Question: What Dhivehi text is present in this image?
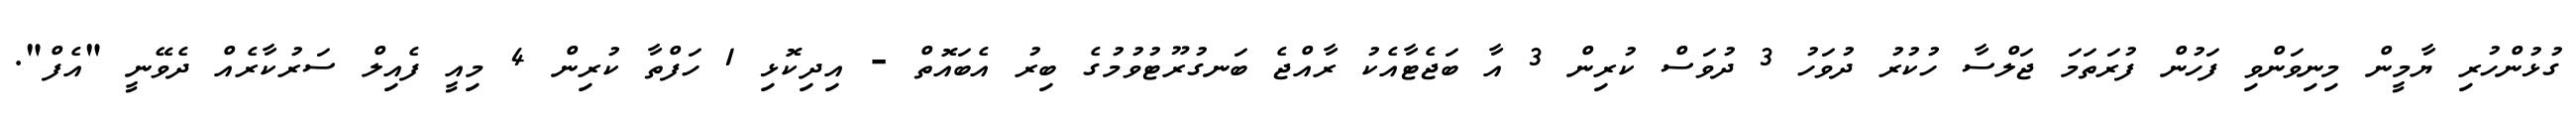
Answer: ގުޅުންހުރި ޔާމީން މިނިވަންވި ފަހުން ފުރަތަމަ ޖަލްސާ ހުކުރު ދުވަހު 3 ދުވަސް ކުރިން 3 އާ ބަޖެޓާއެކު ރާއްޖެ ބަނގުރޫޓުވުމުގެ ބިރު އެބައޮތް - އިދިކޮޅި 1 ހަފްތާ ކުރިން 4 މިއީ ފެއިލް ސަރުކާރެއް ދެވޭނީ "އެފް".